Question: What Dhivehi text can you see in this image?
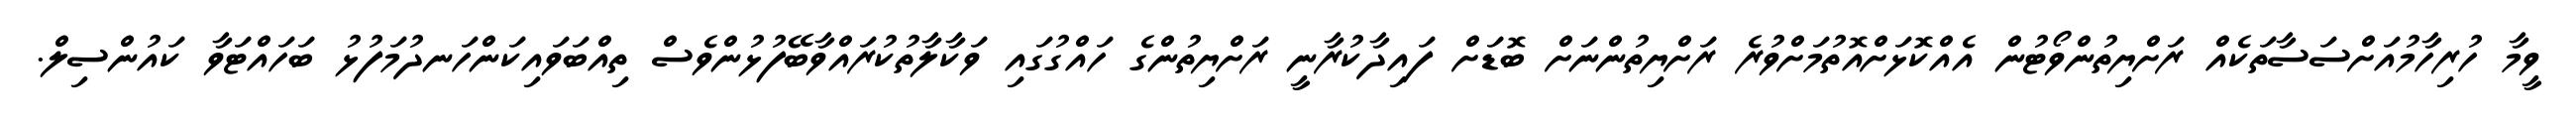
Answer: ވީމާ ހުރިހާމުއަށްސަސާތަކެއް ރަށްޔިތުންވޯޓުން އެއްކޮޅަށްއޮތުމަށްވުރެ ރަށްޔިތުންނަށް ބޮޑަށް ފައިދާކުރާނީ ރަށްޔިތުންގެ ހައްގުގައި ވަކާލާތުކުރައްވާބޭފުޅުންވެސް ތިއްބަވައިކަންހަނދުމަފުޅު ބަހައްޓަވާ ކައުންސިލް.